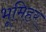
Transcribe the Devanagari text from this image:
भूमिहर